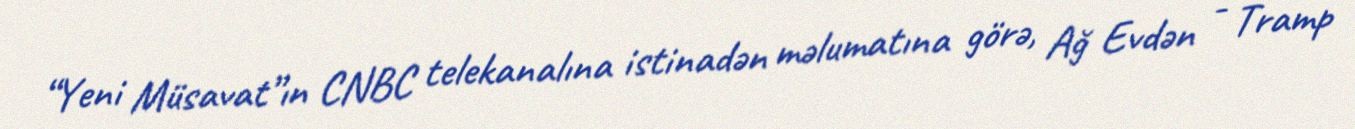
“Yeni Müsavat”ın CNBC telekanalına istinadən məlumatına görə, Ağ Evdən - Tramp